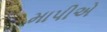
માપીએ